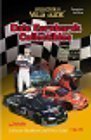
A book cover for Dale Earnhardt Collector's Value Guide (Collector's Value Guides); CheckerBee Publishing; Crafts, Hobbies & Home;